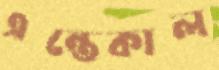
এন্তেকাল